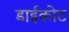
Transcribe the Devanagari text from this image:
डाईकोट